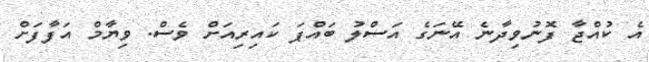
އެ ކުއްޖާ ފޮނުވިދާނެ އޭނަގެ އަސްލު ބައްޕަ ކައިރިއަށް ވެސް. ވިޔާމް އަފާފަށް